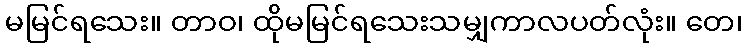
မမြင်ရသေး။ တာဝ၊ ထိုမမြင်ရသေးသမျှကာလပတ်လုံး။ တေ၊